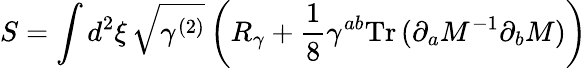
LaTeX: S=\int d^{2}\xi\, \sqrt{\gamma^{(2)}}\left(R_{\gamma}+{\frac{1}{8}}\gamma^{ab}\mathrm{Tr}\, (\partial_{a}M^{-1}\partial_{b}M)\right)